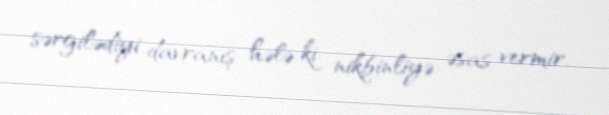
sərgilədiyi davranış hələ ki nikbinliyə əsas vermir.